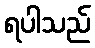
ရပါသည်